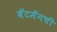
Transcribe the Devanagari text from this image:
बॅटमॅनची